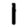
Digit: 1